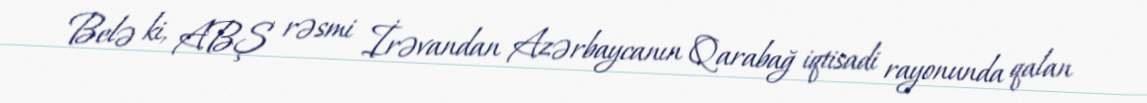
Belə ki, ABŞ rəsmi İrəvandan Azərbaycanın Qarabağ iqtisadi rayonunda qalan